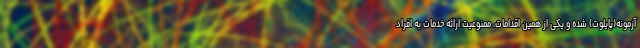
آزمونه(پایلوت) شده و یکی از همین اقدامات، ممنوعیت ارائه خدمات به افراد